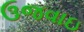
ઉજવાઇ